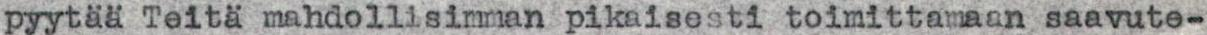
pyytää Teitä mahdollisimman pikaisesti toimittamaan saavute-